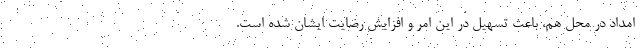
امداد در محل هم، باعث تسهیل در این امر و افزایش رضایت ایشان شده است.